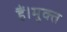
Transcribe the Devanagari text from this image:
हैं।मुक्त